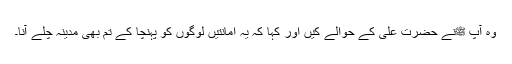
وہ آپ ﷺنے حضرت علیؓ کے حوالے کیں اور کہا کہ یہ امانتیں لوگوں کو پہنچا کے تم بھی مدینہ چلے آنا۔